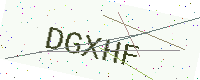
Text: DGXHF